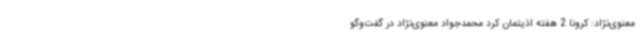
معنوی‌نژاد: کرونا 2 هفته اذیتمان کرد محمدجواد معنوی‌نژاد در گفت‌وگو